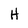
Character: H